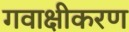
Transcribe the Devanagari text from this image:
गवाक्षीकरण